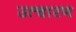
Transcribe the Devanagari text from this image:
उत्चारण